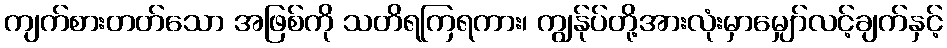
ကျက်စားတတ်သော အဖြစ်ကို သတိရကြရကား၊ ကျွန်ုပ်တို့အားလုံးမှာမျှော်လင့်ချက်နှင့်